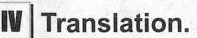
ⅣTranslation。